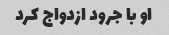
او با جرود ازدواج کرد